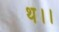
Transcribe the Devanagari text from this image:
थ।।